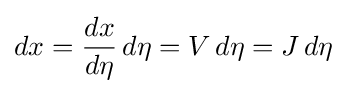
dx={\frac {dx}{d\eta }}\,d\eta =V\,d\eta =J\,d\eta